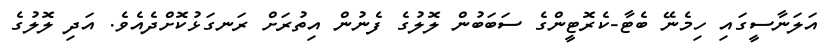
އަލަނާސީގައި ހިމެނޭ ބެޓާ-ކެރޮޓީންގެ ސަބަބުން ލޮލުގެ ފެނުން އިތުރަށް ރަނގަޅުކޮށްދެއެވެ. އަދި ލޮލުގެ